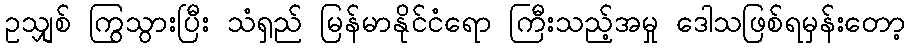
ဥသျှစ် ကြွသွားပြီး သံရှည် မြန်မာနိုင်ငံရော ကြီးသည့်အမှု ဒေါသဖြစ်ရမှန်းတော့